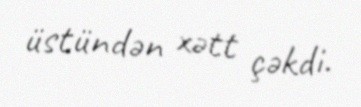
üstündən xətt çəkdi.